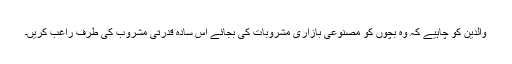
والدین کو چاہیے کہ وہ بچوں کو مصنوعی بازاری مشروبات کی بجائے اس سادہ قدرتی مشروب کی طرف راغب کریں۔